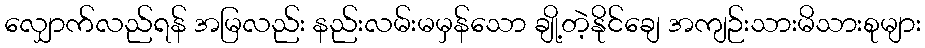
လျှောက်လည်ရန် အမြလည်း နည်းလမ်းမမှန်သော ချို့တဲ့နိုင်ချေ အကျဉ်းသားမိသားစုများ